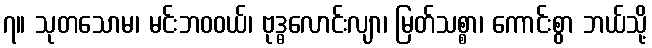
၇။ သုတသောမ၊ မင်းဘဝဝယ်၊ ဗုဒ္ဓလောင်းလျာ၊ မြတ်သစ္စာ၊ ကောင်းစွာ ဘယ်သို့